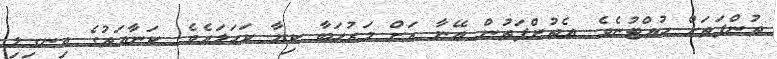
ތުންފަތަށް ހުއްޓުނެވެ. އެތުންފަތުން އޭނާ އަށް މަރުހަބާ ކިޔާ ކަހަލައެވެ. ކަނާއަތުގެ އިނގިލި